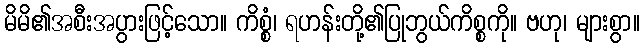
မိမိ၏အစီးအပွားဖြင့်သော။ ကိစ္စံ၊ ရဟန်းတို့၏ပြုဘွယ်ကိစ္စကို။ ဗဟု၊ များစွာ။